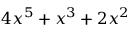
\, 4 x ^ { 5 } + x ^ { 3 } + 2 x ^ { 2 }